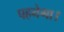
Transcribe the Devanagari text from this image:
पहनेगा।